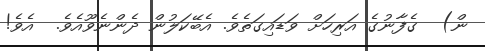
ން)  ގެފާނުގެ އަރިހަށް ވަޑައިގަތެވެ. އެބޭކަލުން ދެންނެވޫއެވެ.  އެވެ!